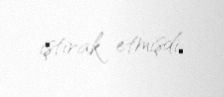
iştirak etmişdi.